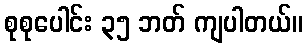
စုစုပေါင်း ၃၅ ဘတ် ကျပါတယ်။